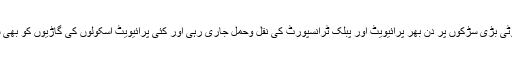
ساؤتھ ایشین وائر کے مطابق عینی شاہدین کے مطابق وادی کی تمام چھوٹی بڑی سڑکوں پر دن بھر پرائیویٹ اور پبلک ٹرانسپورٹ کی نقل وحمل جاری رہی اور کئی پرائیویٹ اسکولوں کی گاڑیوں کو بھی سڑکوں پر صبح اور سہ پہر کے وقت بچوں کو، لے کر رواں دواں تھیں۔